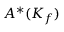
A ^ { * } ( K _ { f } )